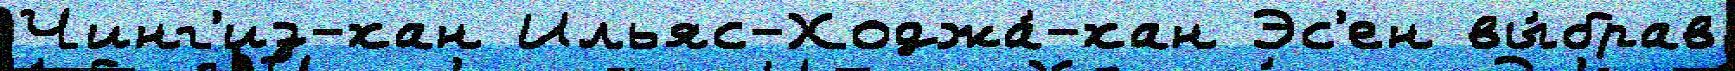
Чинг'из-хан Ильяс-Ходжа́-хан Эс'ен вы́брав